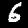
Digit: 6